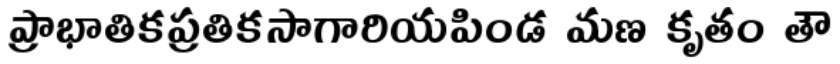
ప్రాభాతికప్రతికసాగారియపిండ మణ కృతం తౌ